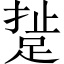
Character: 𨁘